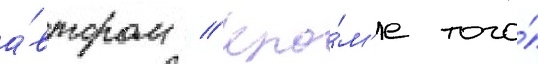
а́втором // Кро́м'е того́